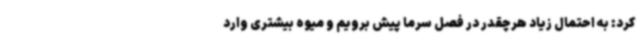
کرد: به احتمال زیاد هرچقدر در فصل سرما پیش برویم و میوه بیشتری وارد